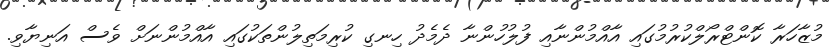
މުޒާހަރާ ކޮންޓްރޯލްކުރުމުގައި އާއްމުންނާއި ފުލުހުންނާ ދެމެދު ހިނގި ކުރިމަތިލުންތަކުގައި އާއްމުންނަށް ވެސް އަނިޔާވި.